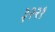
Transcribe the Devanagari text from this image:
३२२१